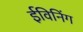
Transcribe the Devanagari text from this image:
ईविनिंग